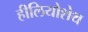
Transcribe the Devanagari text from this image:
हीलियोशेथ